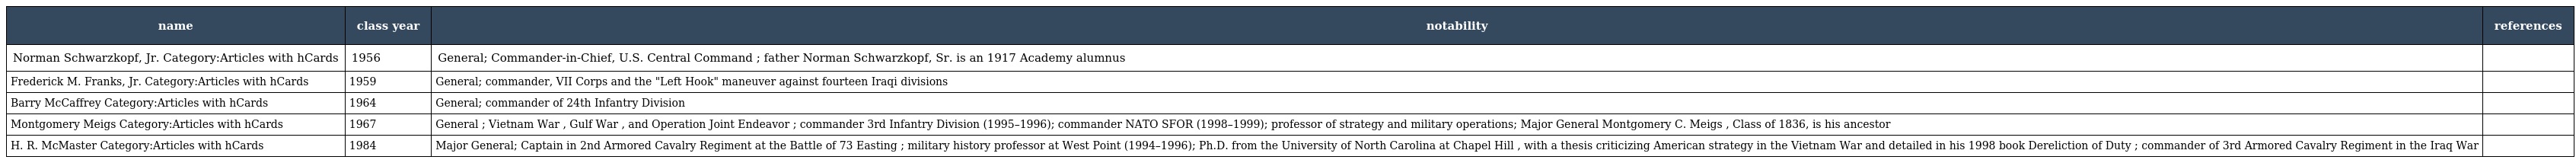
| name | class year | notability | references |
 | --- | --- | --- | --- |
 | Norman Schwarzkopf, Jr. Category:Articles with hCards | 1956 | General; Commander-in-Chief, U.S. Central Command ; father Norman Schwarzkopf, Sr. is an 1917 Academy alumnus |  |
 | Frederick M. Franks, Jr. Category:Articles with hCards | 1959 | General; commander, VII Corps and the "Left Hook" maneuver against fourteen Iraqi divisions |  |
 | Barry McCaffrey Category:Articles with hCards | 1964 | General; commander of 24th Infantry Division |  |
 | Montgomery Meigs Category:Articles with hCards | 1967 | General ; Vietnam War , Gulf War , and Operation Joint Endeavor ; commander 3rd Infantry Division (1995–1996); commander NATO SFOR (1998–1999); professor of strategy and military operations; Major General Montgomery C. Meigs , Class of 1836, is his ancestor |  |
 | H. R. McMaster Category:Articles with hCards | 1984 | Major General; Captain in 2nd Armored Cavalry Regiment at the Battle of 73 Easting ; military history professor at West Point (1994–1996); Ph.D. from the University of North Carolina at Chapel Hill , with a thesis criticizing American strategy in the Vietnam War and detailed in his 1998 book Dereliction of Duty ; commander of 3rd Armored Cavalry Regiment in the Iraq War |  |